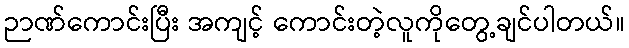
ဉာဏ်ကောင်းပြီး အကျင့် ကောင်းတဲ့လူကိုတွေ့ချင်ပါတယ်။